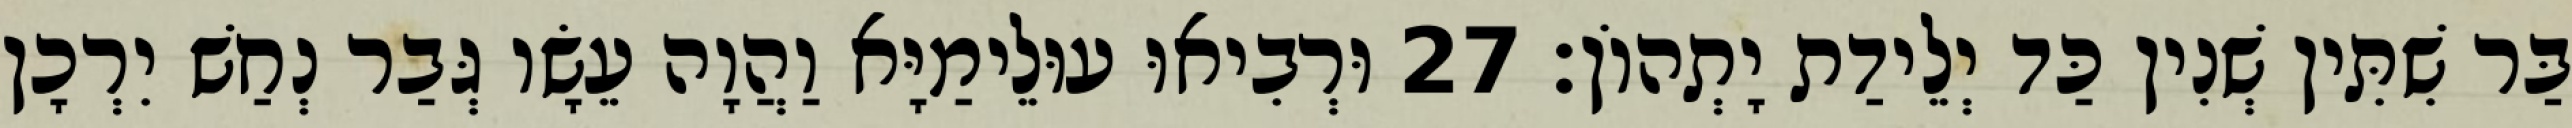
בַּר שִׁתִּין שְׁנִין כַּד יְלֵידַת יָתְהוֹן׃ 27 וּרְבִיאוּ עוּלֵימַיָּא וַהֲוָה עֵשָׂו גְּבַר נְחַשׁ יִרְכָן